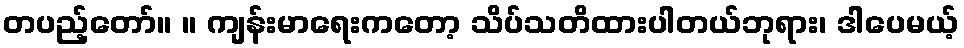
တပည့်တော်။ ။ ကျန်းမာရေးကတော့ သိပ်သတိထားပါတယ်ဘုရား၊ ဒါပေမယ့်